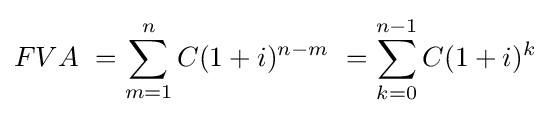
FVA\ =\sum _{m=1}^{n}C(1+i)^{n-m}\ =\sum _{k=0}^{n-1}C(1+i)^{k}